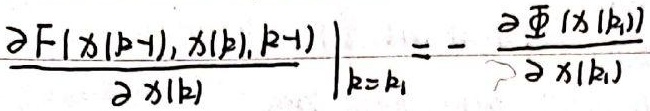
\(\left.\frac{\partial F\left[x\left(k - 1\right),x\left(k\right),k - 1\right]}{\partial x\left(k\right)}\right|_{k = k_{1}}=-\frac{\partial \varPhi\left[x\left(k_{1}\right)\right]}{\partial x\left(k_{1}\right)}\)